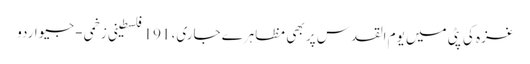
غزہ کی پٹی میں یوم القدس پر بھی مظاہرے جاری، 191 فلسطینی زخمی - جیو اردو